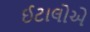
ઈટાલોએ